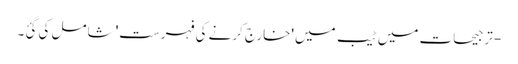
- ترجیحات میں ٹیب میں 'خارج کرنے کی فہرست' شامل کی گئ۔